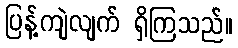
ပြန့်ကျဲလျက် ရှိကြသည်။